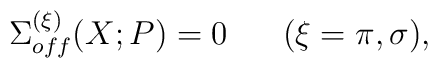
\Sigma_{off}^{(\xi)} (X; P) = 0 \;\;\;\;\;\; (\xi = \pi, \sigma) ,